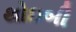
થોઇબી